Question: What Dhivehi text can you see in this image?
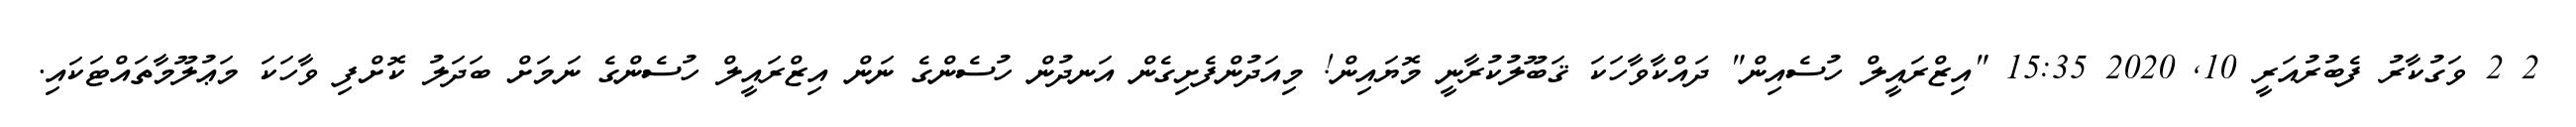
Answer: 2 2 ވަގުކާރު ފެބުރުއަރީ 10, 2020 15:35 "އިޒްރައީލް ހުސެއިން" ދައްކާވާހަކަ ޤަބޫލުކުރާނީ މޮޔައިން! މިއަދުންފެށިގެން އަނދުން ހުސެންގެ ނަން އިޒްރައީލް ހުސެންގެ ނަމަށް ބަދަލު ކޮށްފި ވާހަކަ މަޢުލޫމާތައްޓަކައި.